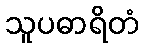
သူပဓာရိတံ